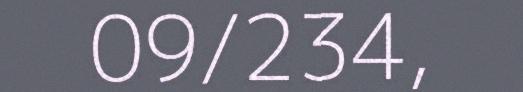
09/234,